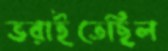
ভরাইতেছিল